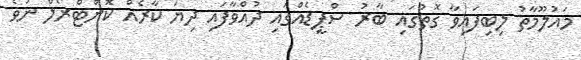
މައުލޫމާތު ލިބިފައިވާ ގޮތުގައި ބާރު ސްޕީޑެއްގައި ދުއްވާފައި ދިޔަ ކާރެއް ކޮންޓްރޯލް ނުވެ